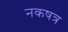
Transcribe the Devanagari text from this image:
नकषत्र